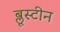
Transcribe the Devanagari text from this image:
ब्लूस्टीन